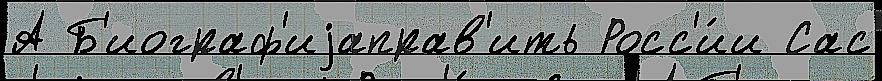
А Б'иограф'иjаправ'ить Росс'и́и Сас